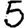
Digit: 5